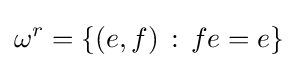
\omega ^{r}=\{(e,f)\,:\,fe=e\}